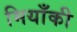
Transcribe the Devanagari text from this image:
मियाँकी